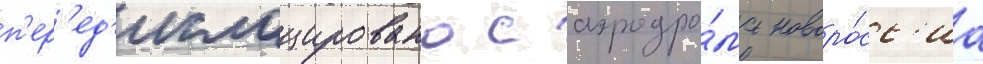
п'ер'ед'ислоцировано с аэродро́ма новоро́сс'иа